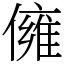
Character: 㒕